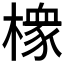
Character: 𱤘